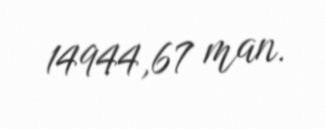
14944,67 man.